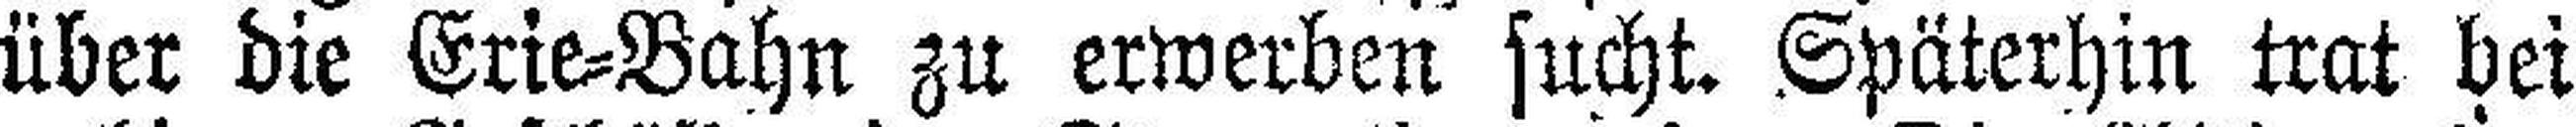
über die Crie=Bahn zu erwerben sucht. Späterhin trat bei